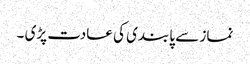
نماز سے پابندی کی عادت پڑی ۔